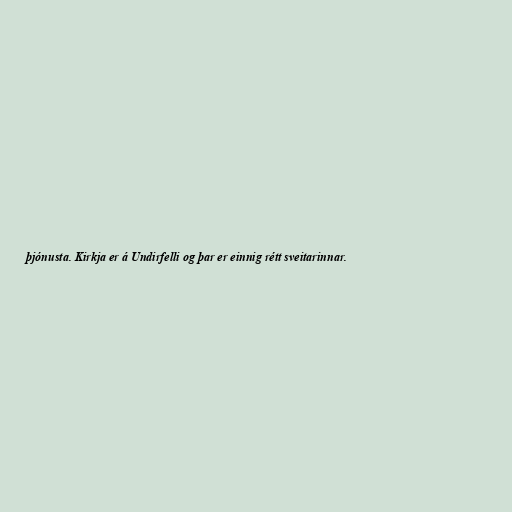
þjónusta. Kirkja er á Undirfelli og þar er einnig rétt sveitarinnar.